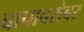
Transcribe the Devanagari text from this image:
बापाबरोबर